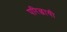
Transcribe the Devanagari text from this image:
परिछायी